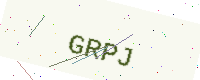
Text: GRPJ